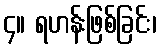
၄။ ရဟန်းဖြစ်ခြင်း၊